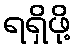
ရရှိဖို့